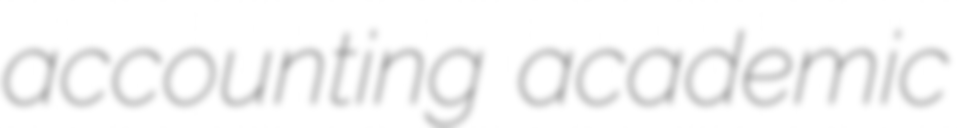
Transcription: accounting academic